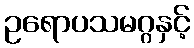
ဥရောပသမဂ္ဂနှင့်